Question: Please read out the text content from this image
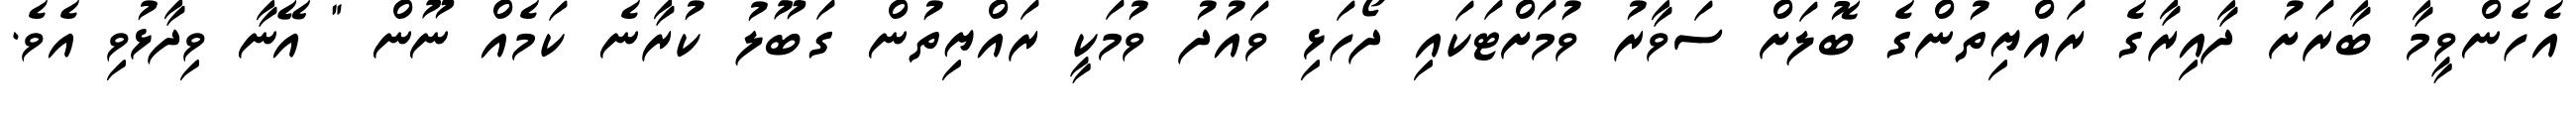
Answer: އެހެންވީމާ ބާރަށު ދާއިރާގެ ރައްޔިތުންގެ ބޮލަށް ސަވާރު ވުމަށްޓަކައި ދޯހަޅި ވައުދު ވުމަކީ ރައްޔިތުން ގަބޫލު ކުރާނެ ކަމެއް ނޫން " އޭނާ ވިދާޅުވި އެވެ.